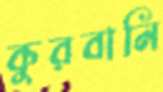
কুরবানি